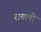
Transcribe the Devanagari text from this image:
राबलो